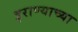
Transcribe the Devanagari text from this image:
इराण्याच्या